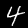
Digit: 4